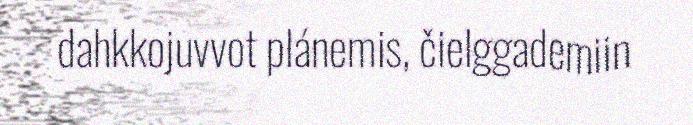
dahkkojuvvot plánemis, čielggademiin